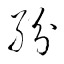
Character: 紛